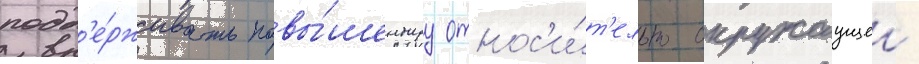
подд'е́рживать повы́шеннуу относ'и́т'ельно окружаущеи